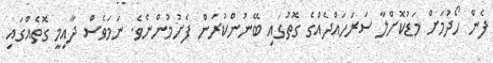
ފެން ހޯދުމަށް މަޑުކޮށްލާ ސަރަހައްދެއްގެ ގޮތުގައި ބޭނުންކުރަން ފެށުމުންނެވެ. ނަމަވެސް ދާއިމީ ގޮތެއްގައި